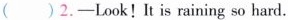
( )2.—Look! It is raining so hard.